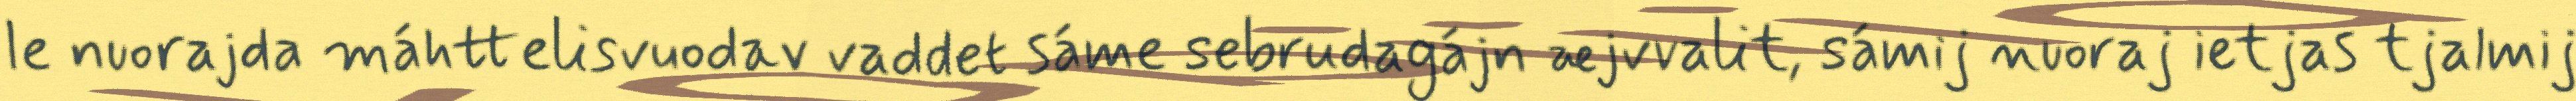
le nuorajda máhttelisvuodav vaddet sáme sebrudagájn æjvvalit, sámij nuoraj ietjas tjalmij